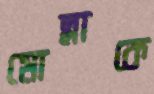
মোল্লাকে